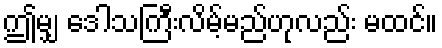
ဤမျှ ဒေါသကြီးလိမ့်မည်ဟုလည်း မထင်။